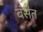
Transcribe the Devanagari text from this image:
बंसंत